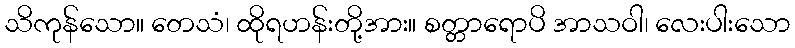
သိကုန်သော။ တေသံ၊ ထိုရဟန်းတို့အား။ စတ္တာရောပိ အာသဝါ၊ လေးပါးသော